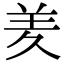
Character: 羑